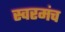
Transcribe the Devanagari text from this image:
स्वरमंच